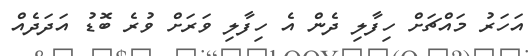
އަހަރު މައްޗަށް ހިފާލި ދެން އެ ހިފާލި ވަރަށް ވުރެ ބޮޑު އަދަދެއް